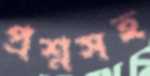
প্রশ্নসহ